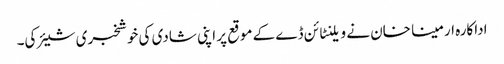
اداکارہ ارمینا خان نے ویلنٹائن ڈے کے موقع پر اپنی شادی کی خوشخبری شیئر کی۔